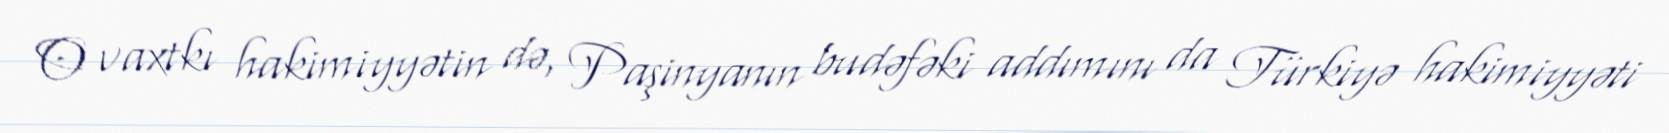
O vaxtkı hakimiyyətin də, Paşinyanın budəfəki addımını da Türkiyə hakimiyyəti